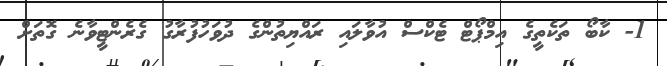
1- ކާބޯ ތަކެތީގެ އިމްޕޯޓް ޓެކްސް އުވާލައި ރައްޔިތުންގެ ދުވަހުފުރާގު ގެރެންޓީވާނެ ގޮތަށް